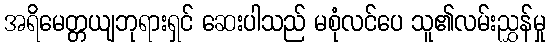
အရိမေတ္တယျဘုရားရှင် ဆေးပါသည် မစုံလင်ပေ သူ၏လမ်းညွှန်မှု